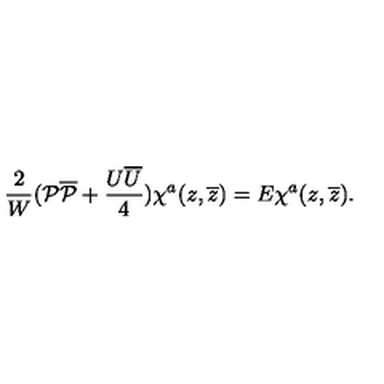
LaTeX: \frac { 2 } { W } ( { \cal P } { \overline { { \cal P } } } + \frac { U \overline { { U } } } { 4 } ) \chi ^ { a } ( z , \overline { { z } } ) = E \chi ^ { a } ( z , \overline { { z } } ) .